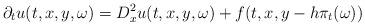
LaTeX: \begin{align*} \partial_{t}u(t,x,y, \omega)=D^{2}_{x}u(t,x,y, \omega)+f(t,x,y-h\pi_{t}(\omega)) \end{align*}